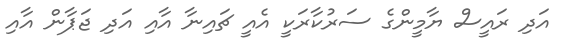
އަދި ރައީސް ޔާމީންގެ ސަރުކާރަކީ އެއީ ޗައިނާ އާއި އަދި ޖަޕާން އާއި